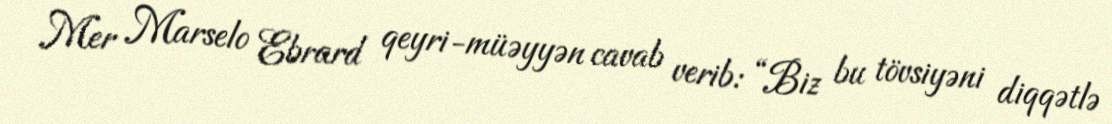
Mer Marselo Ebrard qeyri-müəyyən cavab verib: “Biz bu tövsiyəni diqqətlə